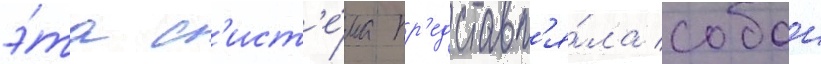
э́та с'ист'е́ма пр'едставл'я́ла собои